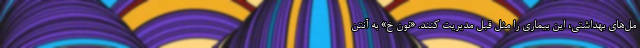
مل‌های بهداشتی، این بیماری را مثل قبل مدیریت کنند. «نون خ» به آنتن